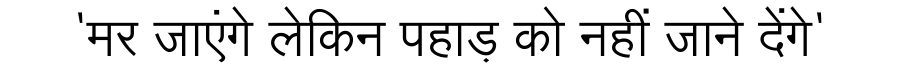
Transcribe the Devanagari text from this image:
'मर जाएंगे लेकिन पहाड़ को नहीं जाने देंगे'